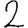
Digit: 2